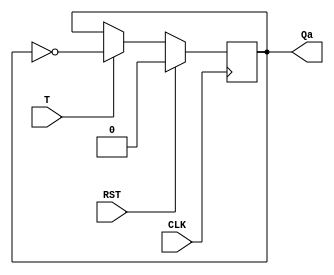
module T_Flop(T, CLK, Qa, RST);

	// Define inputs and outputs
	input T, CLK, RST;
	output reg Qa;
	
	// Qa should be initiated with a value
	initial 
		begin 
			Qa = 1'b1;
		end

	always @ (posedge CLK)
		begin
			if (RST)
				begin
					Qa = 1'b0;
				end
			else if (T)
				begin 
					Qa = ~Qa;
				end
		end

endmodule